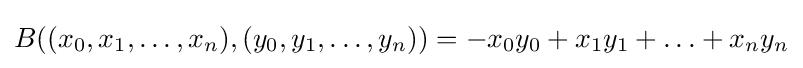
B((x_{0},x_{1},\ldots ,x_{n}),(y_{0},y_{1},\ldots ,y_{n}))=-x_{0}y_{0}+x_{1}y_{1}+\ldots +x_{n}y_{n}